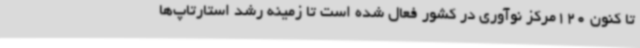
تا کنون 120مرکز نوآوری در کشور فعال شده است تا زمینه رشد استارتاپ‌ها